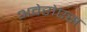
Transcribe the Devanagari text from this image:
अवेरोएस